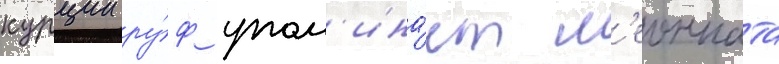
курции ру́ф упом'ина́ет л'еонната